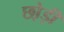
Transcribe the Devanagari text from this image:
छो़ड़ी